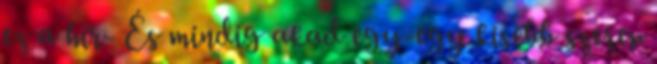
ez a hír- És mindig akad egy-egy kisebb szerep